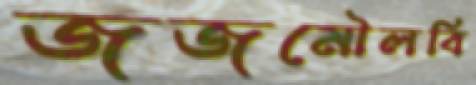
জজমৌলবি